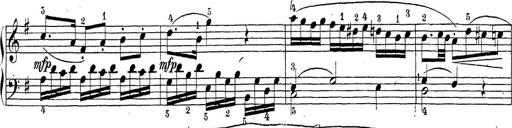
Title: Sonatina Album
Composer: Louis KÃ¶hler